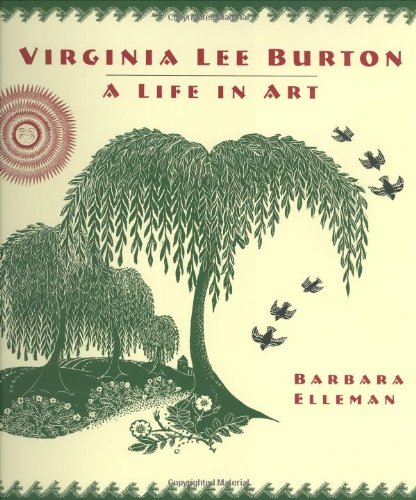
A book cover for Virginia Lee Burton: A Life in Art; Barbara Elleman; Teen & Young Adult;